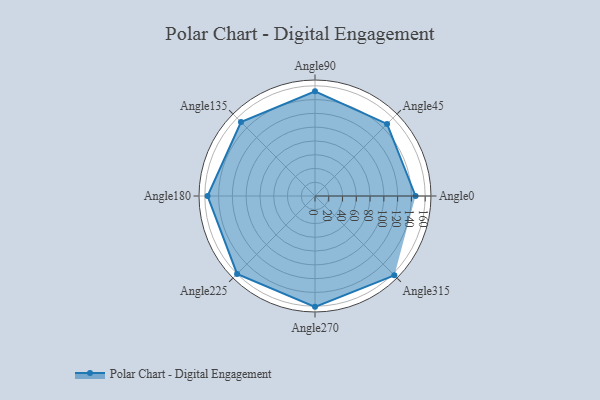
{"axis": {"x": "Angle", "y": "Radius"}, "legend": [""], "data": [{"x": "Angle0", "y": 146.0, "type": ""}, {"x": "Angle45", "y": 148.0, "type": ""}, {"x": "Angle90", "y": 152.0, "type": ""}, {"x": "Angle135", "y": 152.0, "type": ""}, {"x": "Angle180", "y": 156.0, "type": ""}, {"x": "Angle225", "y": 160.0, "type": ""}, {"x": "Angle270", "y": 161.0, "type": ""}, {"x": "Angle315", "y": 163.0, "type": ""}]}